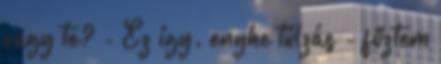
vagy te? - Ez így. enyhe túlzás - fűztem